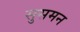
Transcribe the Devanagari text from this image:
सुसमन